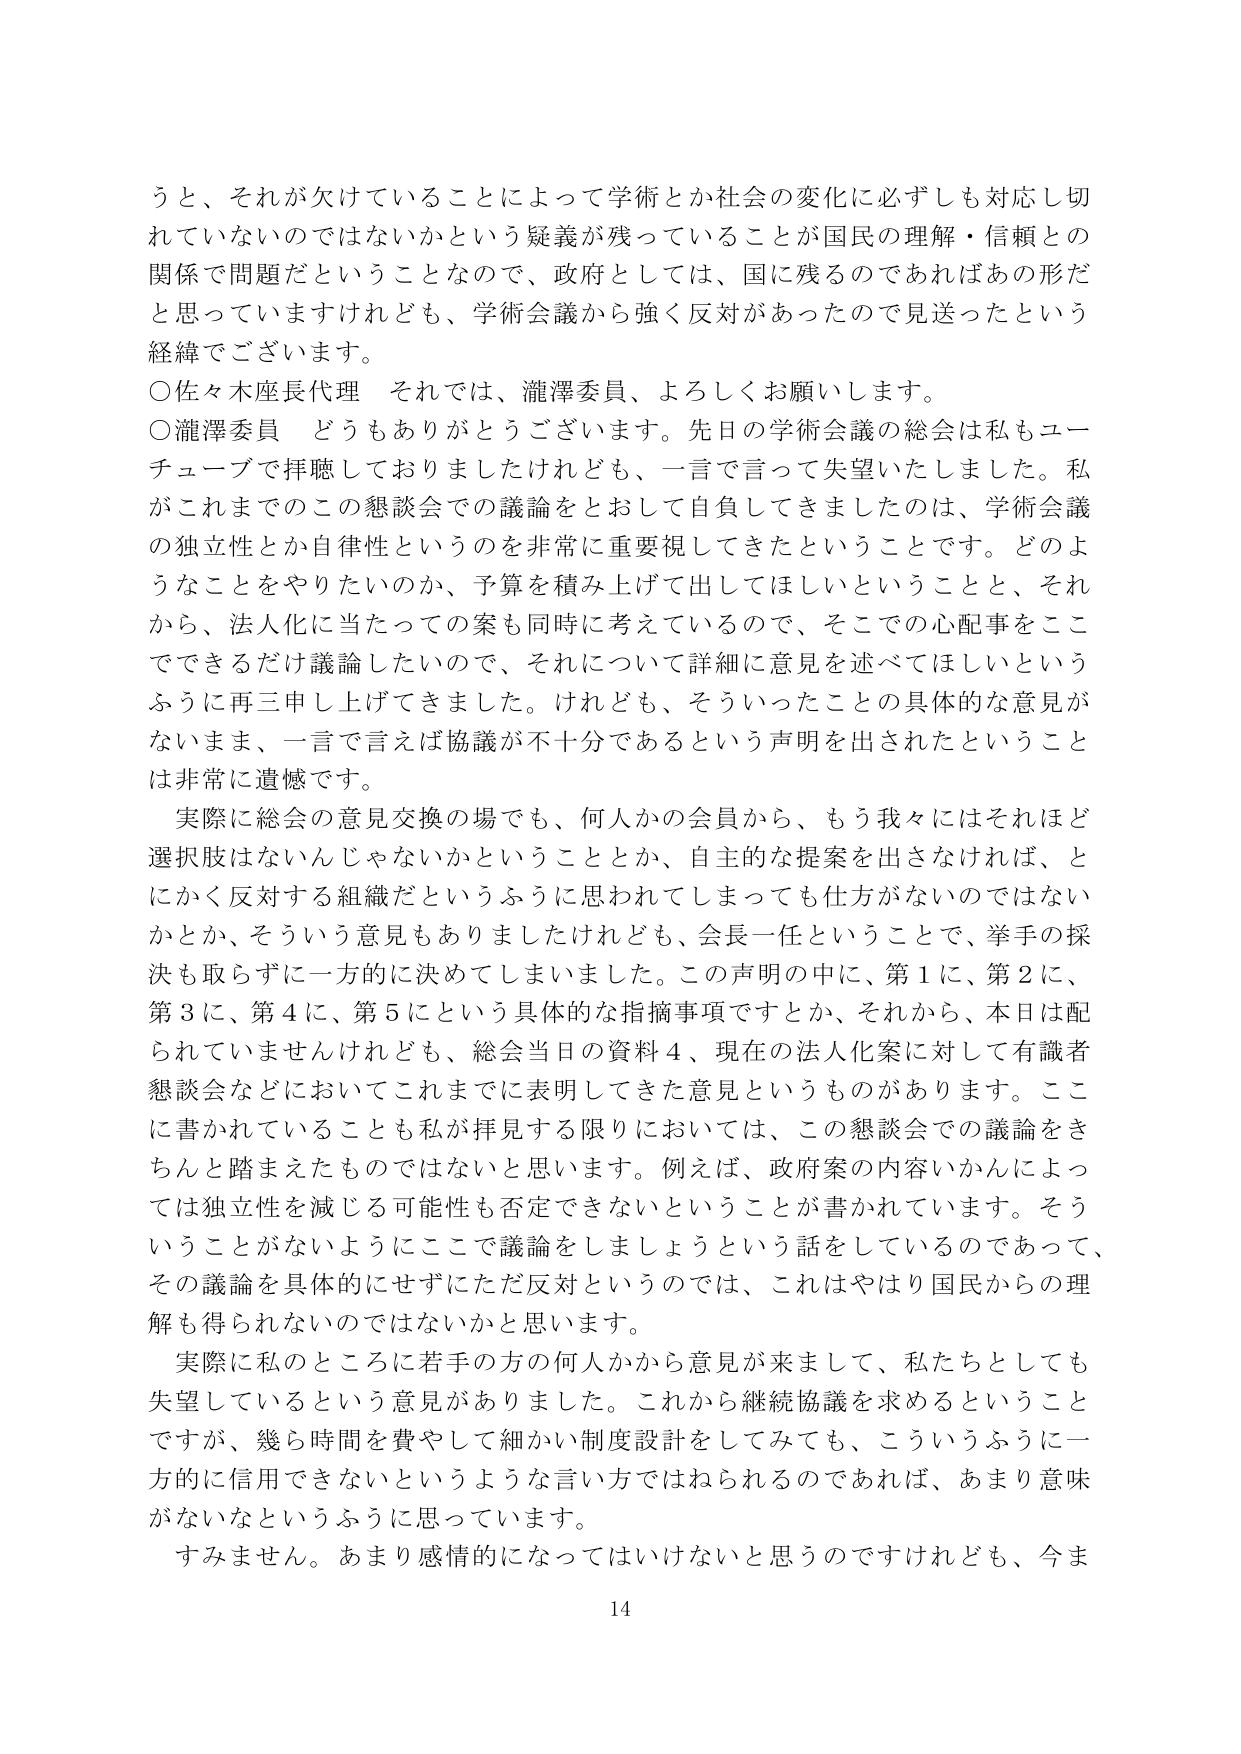
うと、それが欠けていることによって学術とか社会の変化に必ずしも対応し切れていないのではないかという疑義が残っていることが国民の理解・信頼との関係で問題だということなので、政府としては、国に残るのであればあの形だと思っていますけれども、学術会議から強く反対があったので見送ったという経緯でございます。

○佐々木座長代理　それでは、瀧澤委員、よろしくお願いします。

○瀧澤委員　どうもありがとうございます。先日の学術会議の総会は私もユーチューブで拝聴しておりましたけれども、一言で言って失望いたしました。私がこれまでのこの懇談会での議論をとおして自負してきましたのは、学術会議の独立性とか自律性というのを非常に重要視してきたということです。どのようなことをやりたいのか、予算を積み上げて出してほしいということと、それから、法人化に当たっての案も同時に考えているので、そこでの心配事をここでできるだけ議論したいので、それについて詳細に意見を述べてほしいというふうに再三申し上げてきました。けれども、そういったことの具体的な意見がないまま、一言で言えば協議が不十分であるという声明が出されたということは非常に遺憾です。

実際に総会の意見交換の場でも、何人かの会員から、もう我々にはそれほど選択肢はないんじゃないかということとか、自主的な提案を出さなければ、とにかく反対する組織だというふうに思われてしまっても仕方がないのではないかとか、そういう意見もありましたけれども、会長一任ということで、挙手の採決も取らずに一方的に決めてしまいました。この声明の中に、第1に、第2に、第3に、第4に、第5にという具体的な指摘事項ですとか、それから、本日は配られていませんけれども、総会当日の資料4、現在の法人化案に対して有識者懇談会などにおいてこれまでに表明してきた意見というものがあります。ここに書かれていることも私が拝見する限りにおいては、この懇談会での議論をきちんと踏まえたものではないと思います。例えば、政府案の内容いかんによっては独立性を減じる可能性も否定できないということが書かれています。そういうことがないようにここで議論をしましょうという話をしているのであって、その議論を具体的にせずにただ反対というのでは、これはやはり国民からの理解も得られないのではないかと思います。

実際に私のところに若手の方の何人かから意見が来まして、私たちとしても失望しているという意見がありました。これから継続協議を求めるということですが、幾ら時間を費やして細かい制度設計をしてみても、こういうふうに一方的に信用できないというような言い方ではねられるのであれば、あまり意味がないなというふうに思っています。

すみません。あまり感情的になってはいけないと思うのですけれども、今ま

14